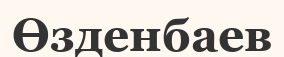
Өзденбаев